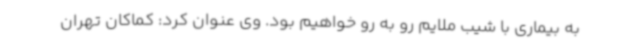
به بیماری با شیب ملایم رو به رو خواهیم بود. وی عنوان کرد: کماکان تهران